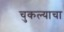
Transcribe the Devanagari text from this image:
चुकल्याचा